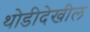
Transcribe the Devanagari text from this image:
थोडीदेखील